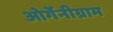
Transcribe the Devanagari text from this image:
ओर्गेनीग्राम